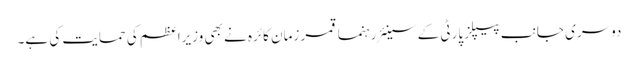
دوسری جانب پیپلز پارٹی کے سینئر رہنما قمر زمان کائرہ نے بھی وزیراعظم کی حمایت کی ہے۔